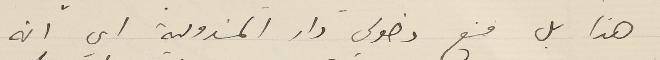
هذا بل منع دخولي دار المندوبية اي انه